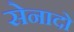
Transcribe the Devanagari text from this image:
सेनादो